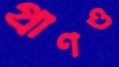
প্রাণও